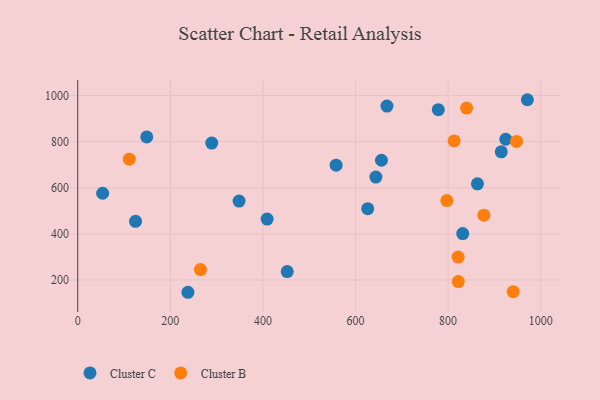
{"axis": {"x": "Distance", "y": "Demand"}, "legend": ["Cluster B", "Cluster C"], "data": [{"x": "348.5", "y": 542.1, "type": "Cluster C"}, {"x": "558.1", "y": 697.9, "type": "Cluster C"}, {"x": "656.1", "y": 719.0, "type": "Cluster C"}, {"x": "409.1", "y": 464.0, "type": "Cluster C"}, {"x": "149.1", "y": 820.2, "type": "Cluster C"}, {"x": "667.9", "y": 954.1, "type": "Cluster C"}, {"x": "626.4", "y": 509.3, "type": "Cluster C"}, {"x": "914.8", "y": 755.4, "type": "Cluster C"}, {"x": "971.2", "y": 981.5, "type": "Cluster C"}, {"x": "644.0", "y": 645.9, "type": "Cluster C"}, {"x": "778.8", "y": 938.3, "type": "Cluster C"}, {"x": "863.4", "y": 616.8, "type": "Cluster C"}, {"x": "124.9", "y": 454.4, "type": "Cluster C"}, {"x": "53.8", "y": 575.9, "type": "Cluster C"}, {"x": "452.5", "y": 236.4, "type": "Cluster C"}, {"x": "289.5", "y": 793.5, "type": "Cluster C"}, {"x": "831.6", "y": 401.2, "type": "Cluster C"}, {"x": "924.6", "y": 810.1, "type": "Cluster C"}, {"x": "238.0", "y": 146.6, "type": "Cluster C"}, {"x": "821.6", "y": 299.1, "type": "Cluster B"}, {"x": "797.3", "y": 544.1, "type": "Cluster B"}, {"x": "821.9", "y": 193.2, "type": "Cluster B"}, {"x": "947.8", "y": 800.5, "type": "Cluster B"}, {"x": "877.2", "y": 481.1, "type": "Cluster B"}, {"x": "940.6", "y": 149.3, "type": "Cluster B"}, {"x": "111.4", "y": 723.8, "type": "Cluster B"}, {"x": "265.1", "y": 245.0, "type": "Cluster B"}, {"x": "839.9", "y": 945.2, "type": "Cluster B"}, {"x": "812.9", "y": 802.7, "type": "Cluster B"}]}